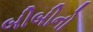
બીબીનો